65_HS1-834228961_62-HQ-83894_Section_1
Agency: FBI
Page 50
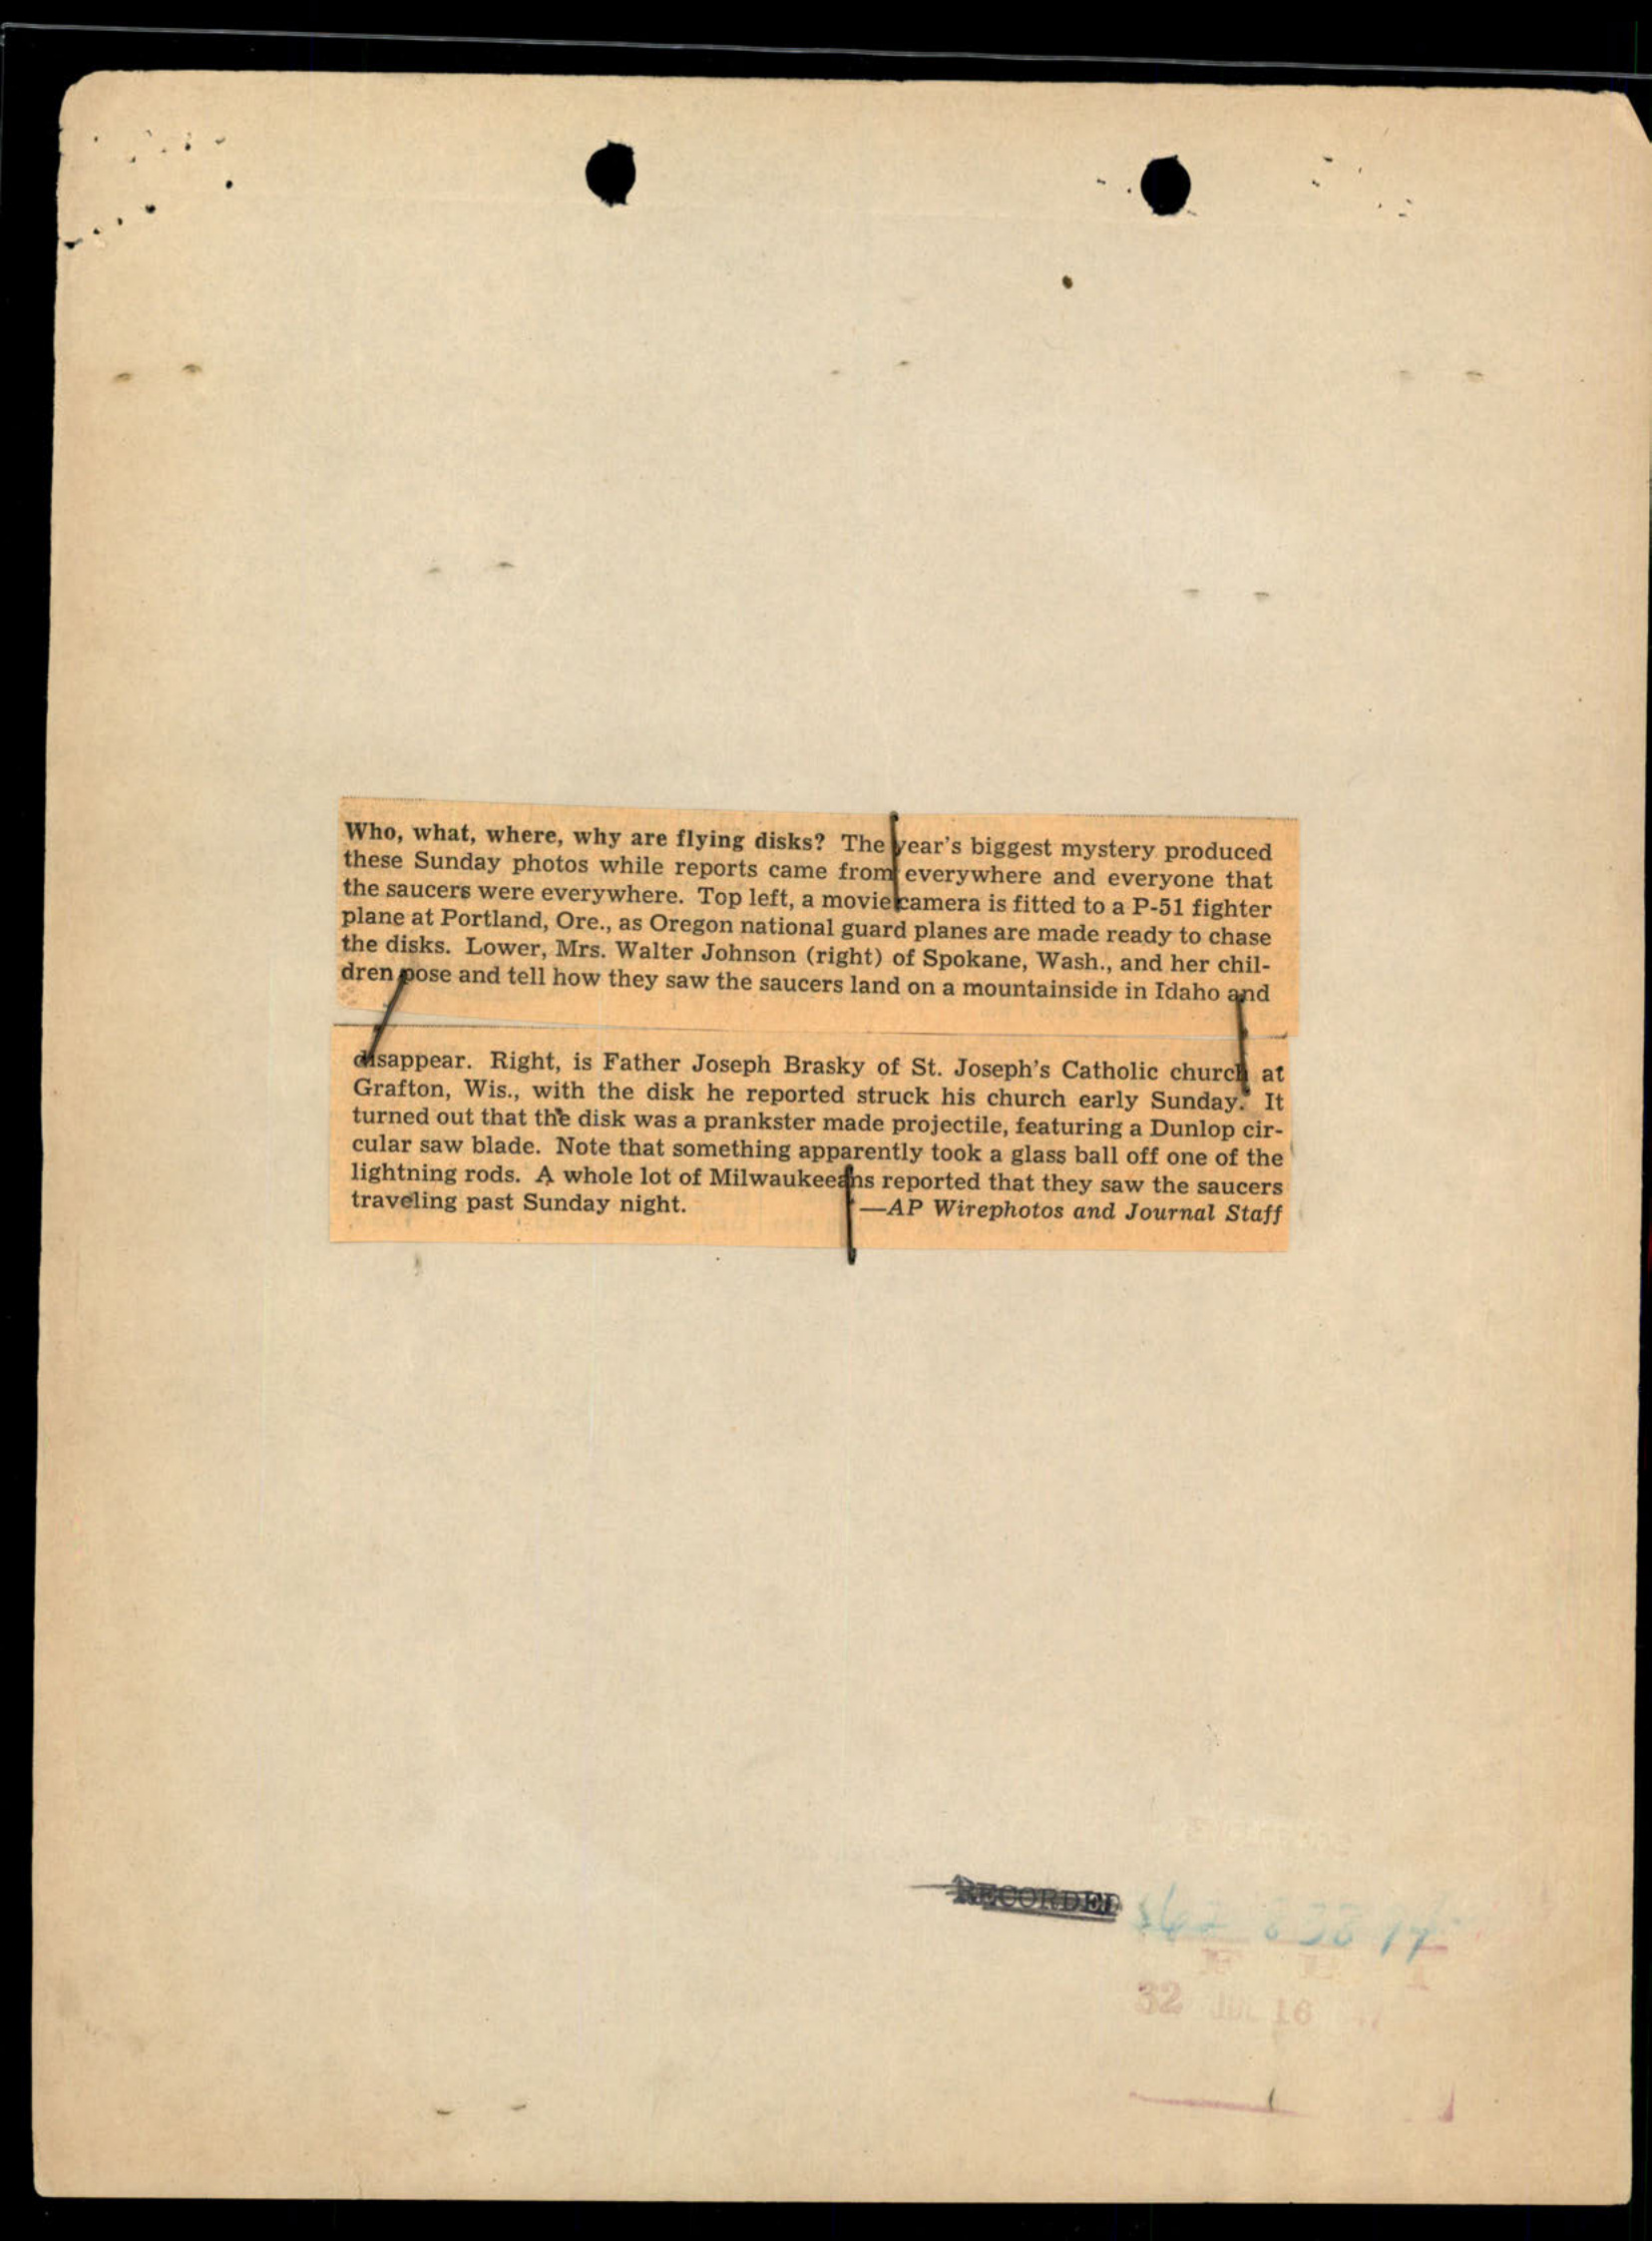